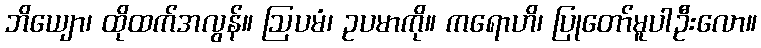
ဘိယျော၊ ထိုထက်အလွန်။ ဩပမံ၊ ဥပမာကို။ ကရောဟိ၊ ပြုတော်မူပါဦးလော။